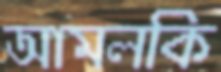
আমলকি